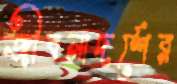
জীবনাদর্শের